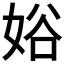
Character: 𱙖